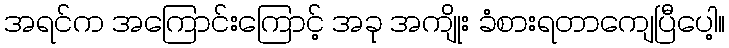
အရင်က အကြောင်းကြောင့် အခု အကျိုး ခံစားရတာကျေပြီပေါ့။